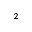
^ { 2 }